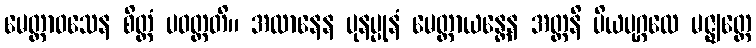
မေတ္တာဝသေန စိတ္တံ ပဝတ္တတိ။ အထာနေန ပုနပ္ပုနံ မေတ္တာယန္တေန အတ္တနိ ပိယပုဂ္ဂလေ မဇ္ဈတ္တေ